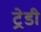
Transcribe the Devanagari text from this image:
ट्रेडी